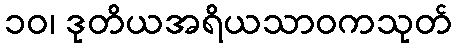
၁၀၊ ဒုတိယအရိယသာဝကသုတ်